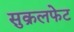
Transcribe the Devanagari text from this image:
सुक्रलफेट